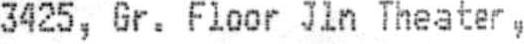
3425, GR. FLOOR JLN THEATER ,